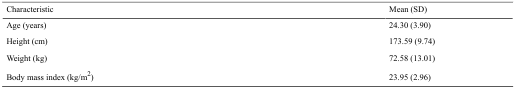
<table><thead><tr><td><b>Characteristic</b></td><td><b>Mean (SD)</b></td></tr></thead><tbody><tr><td>Age (years)</td><td>24.30 (3.90)</td></tr><tr><td>Height (cm)</td><td>173.59 (9.74)</td></tr><tr><td>Weight (kg)</td><td>72.58 (13.01)</td></tr><tr><td>Body mass index (kg/m<sup>2</sup>)</td><td>23.95 (2.96)</td></tr></tbody></table>